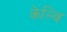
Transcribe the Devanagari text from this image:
केल्वि